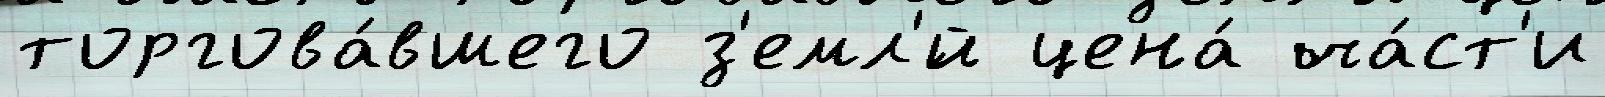
торгова́вшего з'емл'́й цена́ ча́ст'и